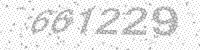
Solution: 661229